Annual report of the Imperial Bacteriological Laboratory, Muktesar
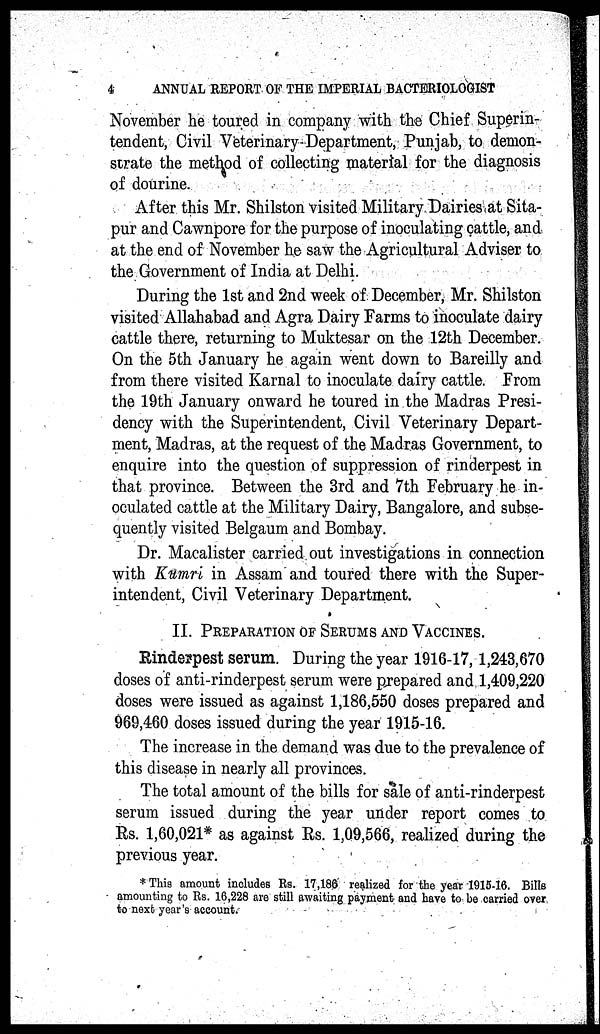
4
ANNUAL REPORT OF THE IMPERIAL BACTERIOLOGIST
November he toured in company with the Chief Superin-
tendent, Civil Veterinary Department, Punjab, to demon-
strate the method of collecting material for the diagnosis
of dourine.
After this Mr. Shilston visited Military Dairies at Sita¬
pur and Cawnpore for the purpose of inoculating cattle, and
at the end of November he saw the Agricultural Adviser to
the Government of India at Delhi.
During the 1st and 2nd week of December, Mr. Shilston
visited Allahabad and Agra Dairy Farms to inoculate dairy
cattle there, returning to Muktesar on the 12th December.
On the 5th January he again went down to Bareilly and
from there visited Karnal to inoculate dairy cattle. From
the 19th January onward he toured in the Madras Presi-
dency with the Superintendent, Civil Veterinary Depart-
ment, Madras, at the request of the Madras Government, to
enquire into the question of suppression of rinderpest in
that province. Between the 3rd and 7th February he in-
oculated cattle at the Military Dairy, Bangalore, and subse-
quently visited Belgaum and Bombay.
Dr. Macalister carried out investigations in connection
with Kumri in Assam and toured there with the Super-
intendent, Civil Veterinary Department.
II. PREPARATION OF SERUMS AND VACCINES.
Rinderpest serum. During the year 1916-17, 1,243,670
doses of anti-rinderpest serum were prepared and 1,409,220
doses were issued as against 1,186,550 doses prepared and
969,460 doses issued during the year 1915-16.
The increase in the demand was due to the prevalence of
this disease in nearly all provinces.
The total amount of the bills for sale of anti-rinderpest
serum issued during the year under report comes to
Rs. 1,60,021* as against Rs. 1,09,566, realized during the
previous year.
* This amount includes Rs. 17,186 realized for the year 1915-16. Bills
amounting to Rs. 16,228 are still awaiting payment and have to be carried over
to next year's account.